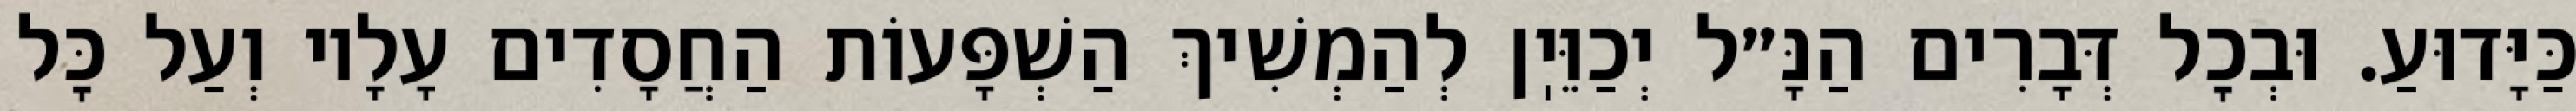
כַּיָּדוּעַ. וּבְכׇל דְּבָרִים הַנָּ״ל יְכַוֵּיֽן לְהַמְשִׁיךְ הַשְׁפָּעוֹת הַחֲסָדִים עָלָיו וְעַל כׇּל